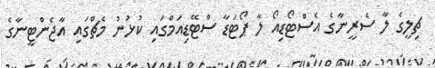
ޗިލީގެ ލާ ސެރީނާގެ އެސްޓޯޑިއޯ ލާ ޕޯޓަޑާ ސްޓޭޑިއަމްގައި ކުޅުނު މެޗްގައި އާޖެންޓީނާގެ